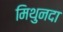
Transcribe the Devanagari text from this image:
मिथुनदा